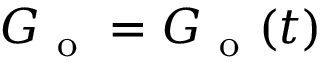
G _ { \mathrm { ~ o ~ } } = G _ { \mathrm { ~ o ~ } } ( t )